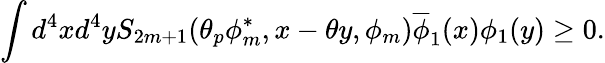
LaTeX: \int d^{4}xd^{4}yS_{2m+1}(\theta_{p}\phi_{m}^{\ast},x-\theta y,\phi_{m})\overline{{{\phi}}}_{1}(x)\phi_{1}(y)\geq 0.